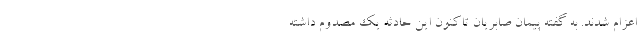
اعزام شدند. به گفته پیمان صابریان تاکنون این حادثه یک مصدوم داشته